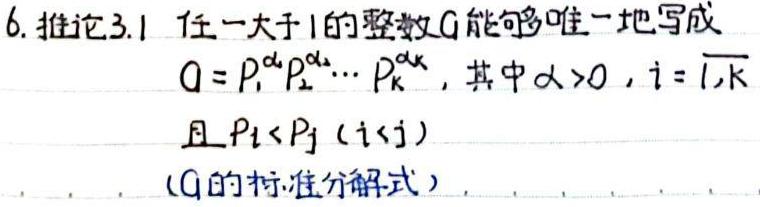
6. 推论3.1 任一大于1的整数$G$能够唯一地写成
\[
G = P_1^{\alpha_1}P_2^{\alpha_2}\cdots P_k^{\alpha_k}
\]
其中$\alpha_i>0$，$i = \overline{1,k}$且$P_i<P_j$（$i<j$）（$G$的标准分解式）